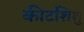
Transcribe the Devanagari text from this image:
कीटशिशु